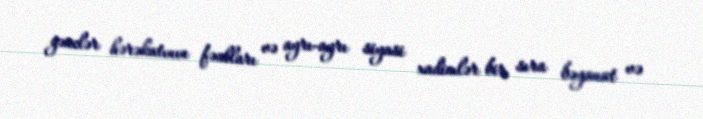
gənclər hərəkatının fəalları və ayrı-ayrı siyasi xadimlər bir sıra bəyanat və